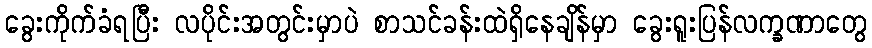
ခွေးကိုက်ခံရပြီး လပိုင်းအတွင်းမှာပဲ စာသင်ခန်းထဲရှိနေချိန်မှာ ခွေးရူးပြန်လက္ခဏာတွေ